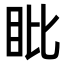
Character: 䀝